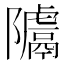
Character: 𨽚